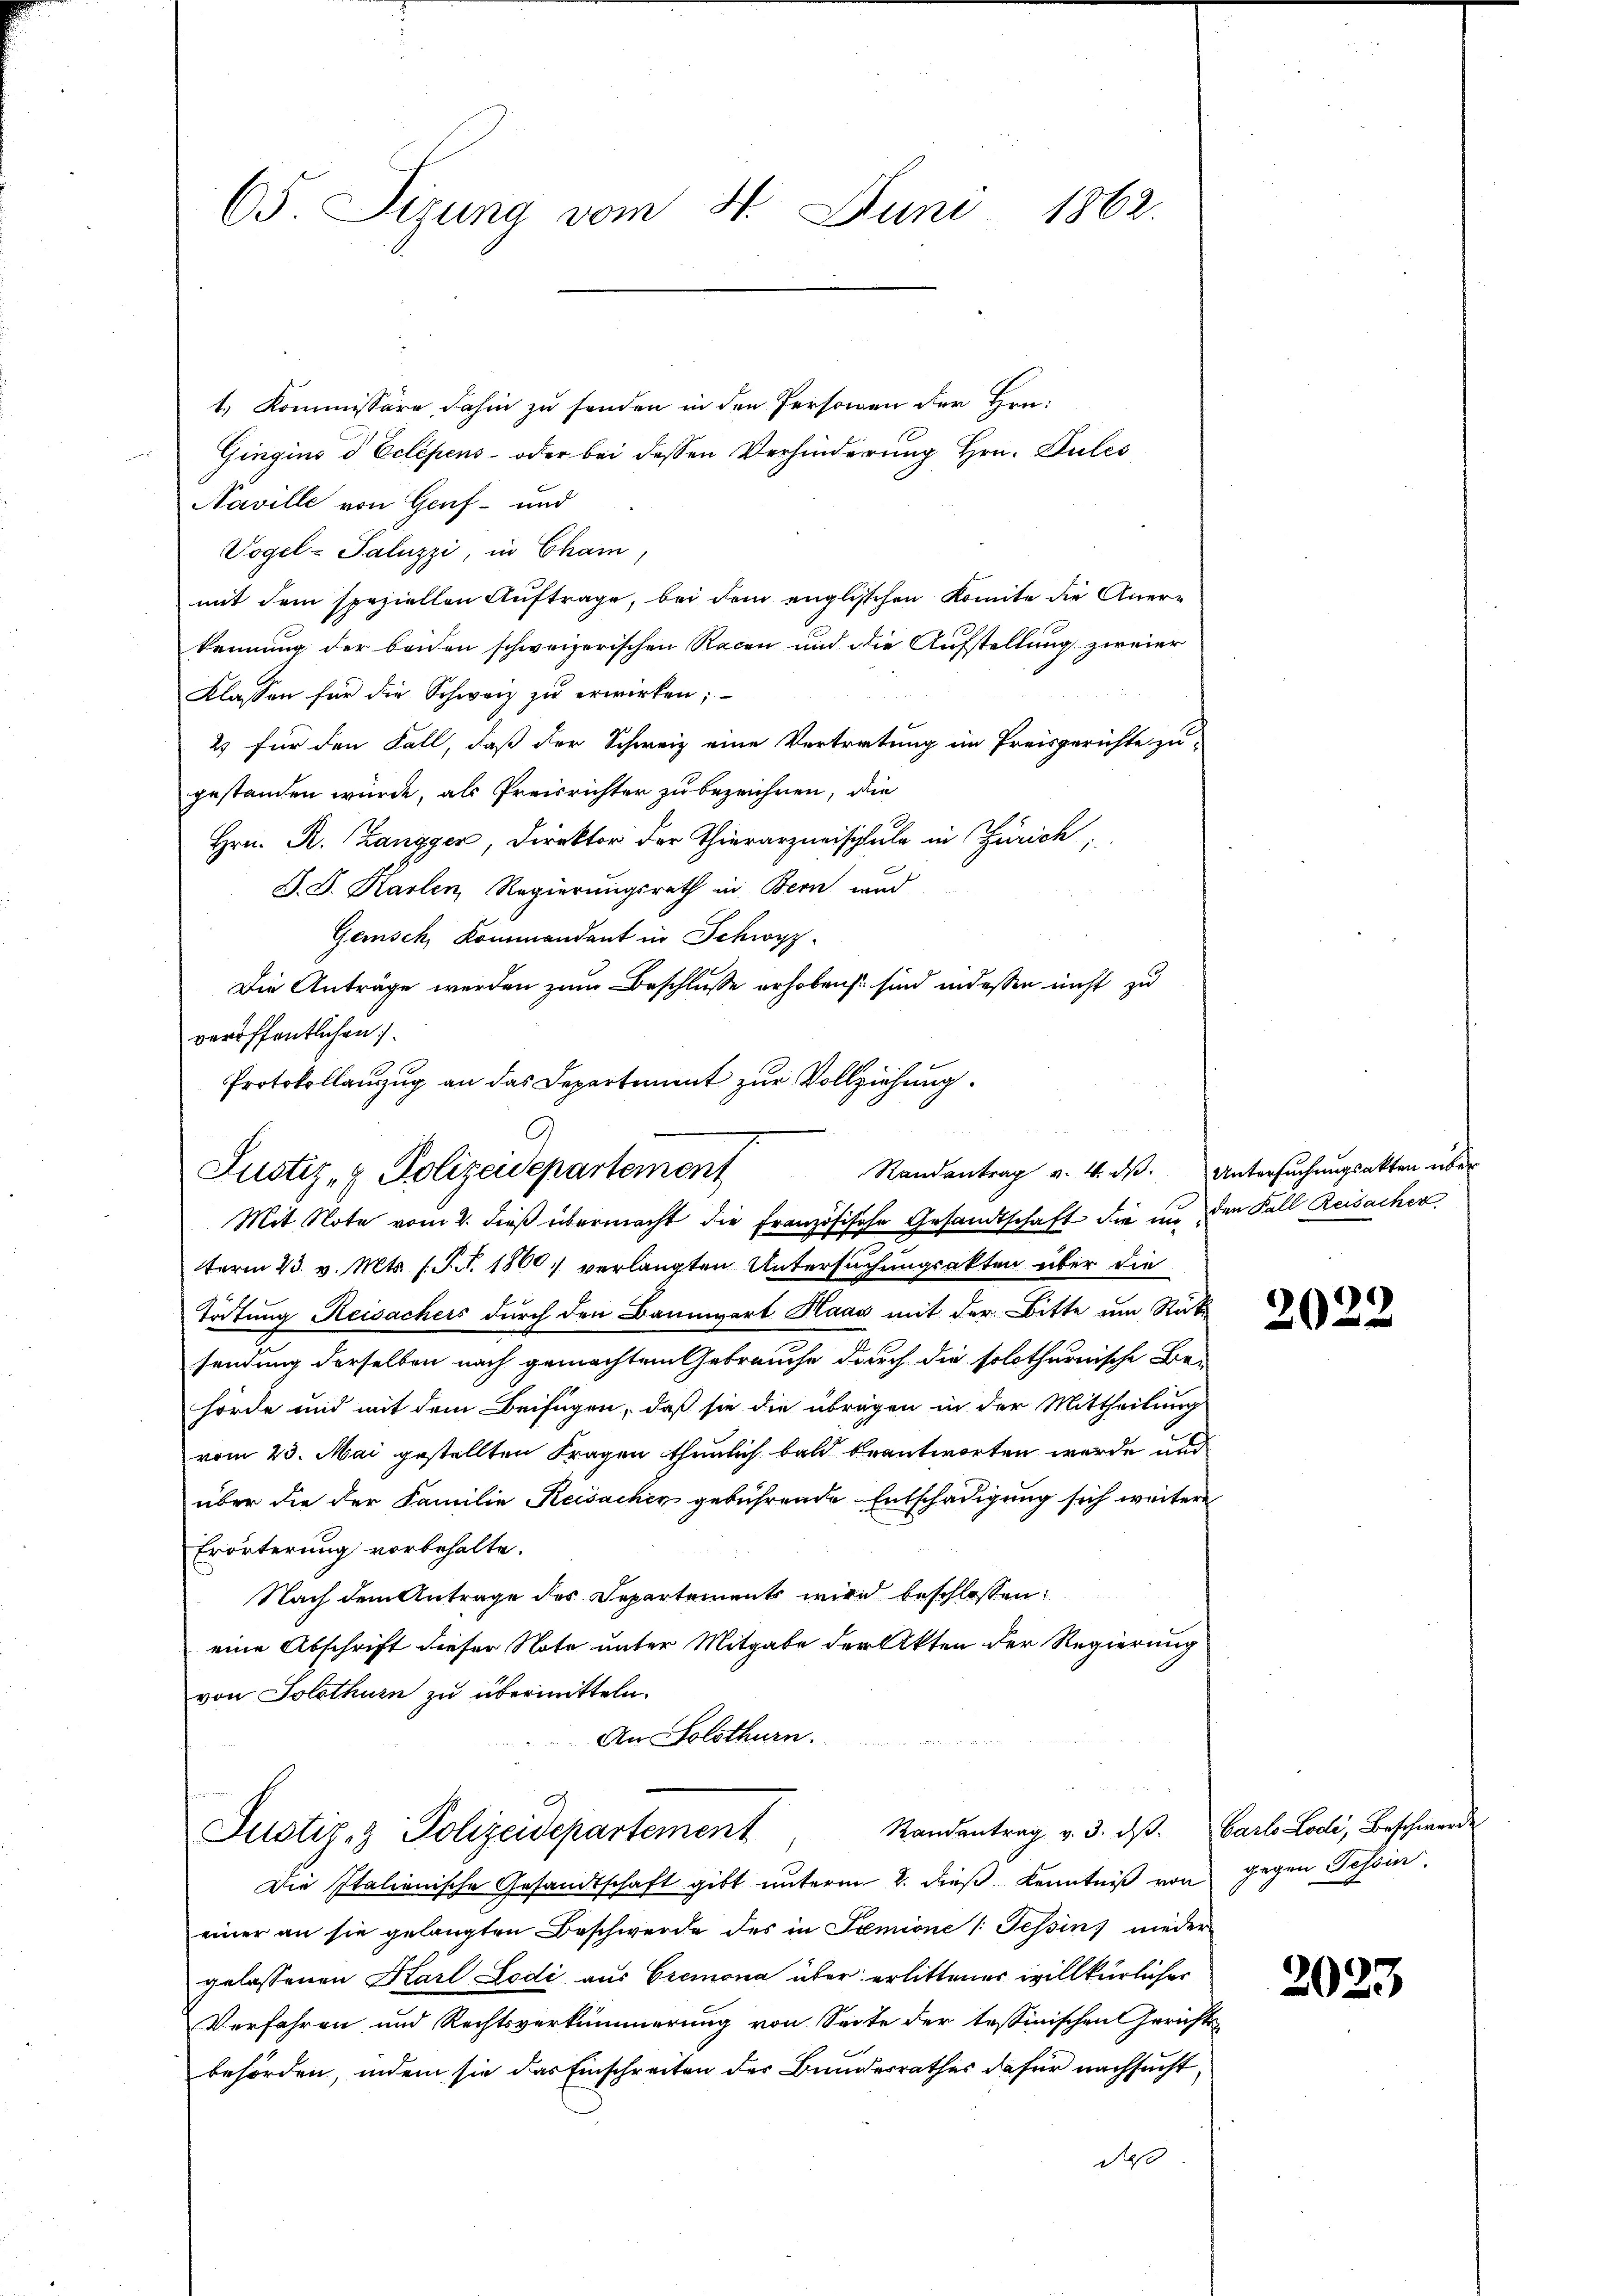
65. Sizung vom 4. Juni 1862.

1. Kommissäre, dahin zu senden in den Personen der Hrn.
Gingino d Eclépens- oder bei dessen Verhinderung Hrn. Pules
Naville von Genf und
Vogel-Saluzzi, in Cham,
mit dem speziellen Auftrage, bei dem englischen Komite die Aner-
kennung der beiden schweizerischen Racen und die Aufstellung zweier
Klassen für die Schweiz zu erwirken;
2) für den Fall, daß der Schweiz eine Vertretung im Preisgerichte zu-
gestanden würde, als Preisrichter zu bezeichnen, die
Hrn. R. Zangger, Direktor der Thierarzneischule in Zürich,
S. D. Karlen, Regierungsrath in Bern und
Gemisch, Kommandant in Schwyz.
Die Anträge werden zum Beschlusse erhoben sind indeßen nicht zu
veröffentlichen.
Protokollauszug an das Departiment zur Vollziehung.

Randantrag v. 4. ds. Untersuchungsakten über
Justiz- & Polizeidepartement

Mit Note vom 2. dieß übermacht die Französische Gesandtschaft die in den Fall Reisacher
term 23. v. Mts. (T. S. 1800. verlangten Untersuchungsakten über die
Tötung Reisachers durch den Bannwart Haas mit der Bitte um Rük
sendung derselben nach gemachtem Gebrauche durch die solothurnische Be-
hörde und mit dem Beifügen, daß sie die übrigen in der Mittheilung
vom 23. Mai gestellten Fragen thunlich bald beantworten werde und
über die der Familie Reisachen gebührende Entschädigung sich weitere
Erörterung vorbehalte.
Nach dem Antrage des Departements wird beschlossen:
eine Abschrift dieser Note unter Mitgabe der Akten der Regierung
von Solothurn zu übermitteln.
An Solothurn

¬
Standentrag v. 3. dβ. Carl Lodi, Beschwerde
Justiz- & Polizeidepartement

Die Italienische Gesandtschaft gibt ŭnterm 2. dieβ Kenntniβ von gegen Tessin.
einer an sie gelangten Beschwerde des in Semione /: Tessin nieder-
gelassenen Karl Lodi aus Cremona über erlittener willkürlicher
Verfahren und Rechtsverkümmerung von Seite der tessinischen Gerichts-
behörden, indem sie das Einschreiten des Bundesrathes dafür nachsucht,
deß

2022

2023